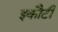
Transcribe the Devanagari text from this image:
इकौटी